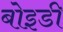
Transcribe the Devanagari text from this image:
बोइडी